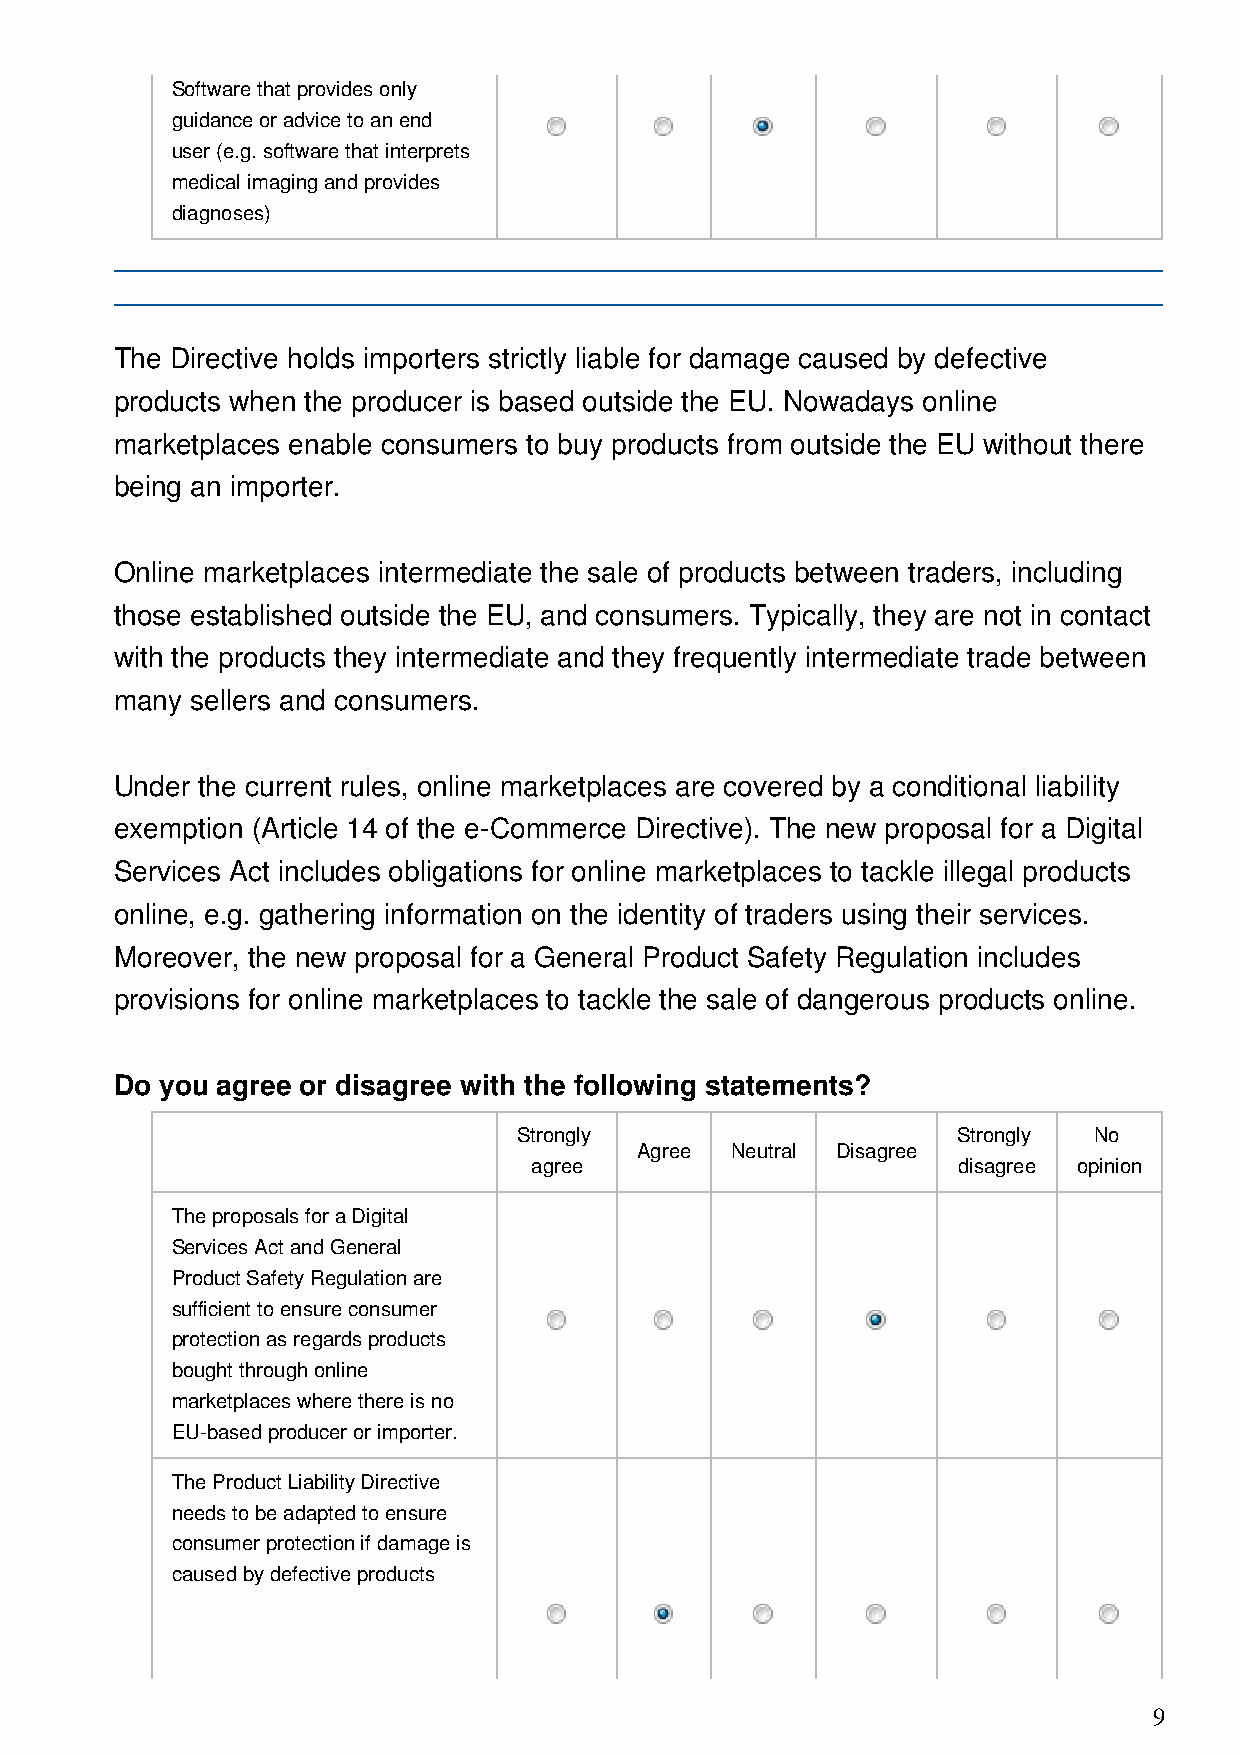
Software that provides only
 guidance or advice to an end
 user (e.g. software that interprets
 medical imaging and provides
 diagnoses)
 The Directive holds importers strictly liable for damage caused by defective
 products when the producer is based outside the EU. Nowadays online
 marketplaces enable consumers to buy products from outside the EU without there
 being an importer.
 Online marketplaces intermediate the sale of products between traders, including
 those established outside the EU, and consumers. Typically, they are not in contact
 with the products they intermediate and they frequently intermediate trade between
 many sellers and consumers.
 Under the current rules, online marketplaces are covered by a conditional liability
 exemption (Article 14 of the e-Commerce Directive). The new proposal for a Digital
 Services Act includes obligations for online marketplaces to tackle illegal products
 online, e.g. gathering information on the identity of traders using their services.
 Moreover, the new proposal for a General Product Safety Regulation includes
 provisions for online marketplaces to tackle the sale of dangerous products online.
 Do you agree or disagree with the following statements?
 Strongly                     Strongly No
 Agree Neutral Disagree
 agree                       disagree opinion
 The proposals for a Digital
 Services Act and General
 Product Safety Regulation are
 sufficient to ensure consumer
 protection as regards products
 bought through online
 marketplaces where there is no
 EU-based producer or importer.
 The Product Liability Directive
 needs to be adapted to ensure
 consumer protection if damage is
 caused by defective products
 9